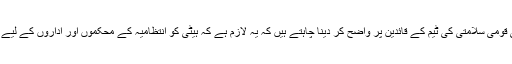
اُنھوں نے مزید کہا کہ وہ اپنی قومی سلامتی کی ٹیم کے قائدین پر واضح کر دینا چاہتے ہیں کہ یہ لازم ہے کہ ہیٹی کو انتظامیہ کے محکموں اور اداروں کے لیے اعلیٰ ترین ترجیح حاصل ہے۔